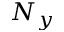
N _ { y }